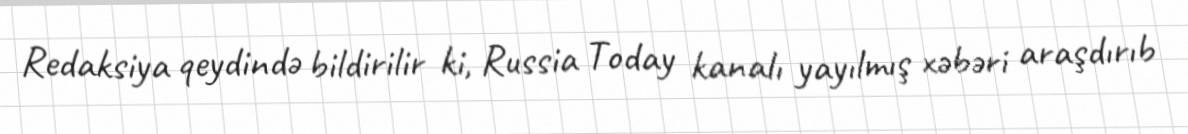
Redaksiya qeydində bildirilir ki, Russia Today kanalı yayılmış xəbəri araşdırıb